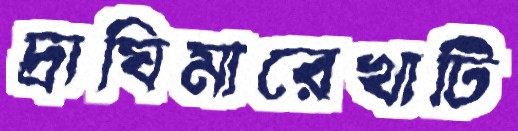
দ্রাঘিমারেখাটি